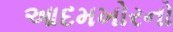
આદમખોરનો